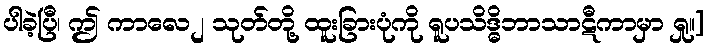
ပါခဲ့ပြီ၊ ဤ ကာလေ၂ သုတ်တို့ ထူးခြားပုံကို ရူပသိဒ္ဓိဘာသာဋီကာမှာ ရှု။]